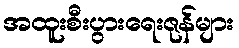
အထူးစီးပွားရေးဇုန်များ